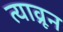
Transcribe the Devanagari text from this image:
त्याव्रून